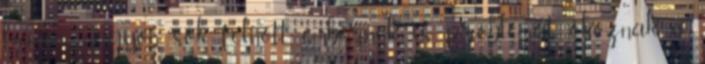
hanem nagyon sok felnőtt embernek is problémát okoznak a